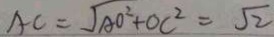
A C = \sqrt { A O ^ { 2 } + O C ^ { 2 } } = \sqrt { 2 }